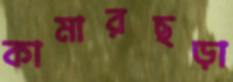
কামারছড়া